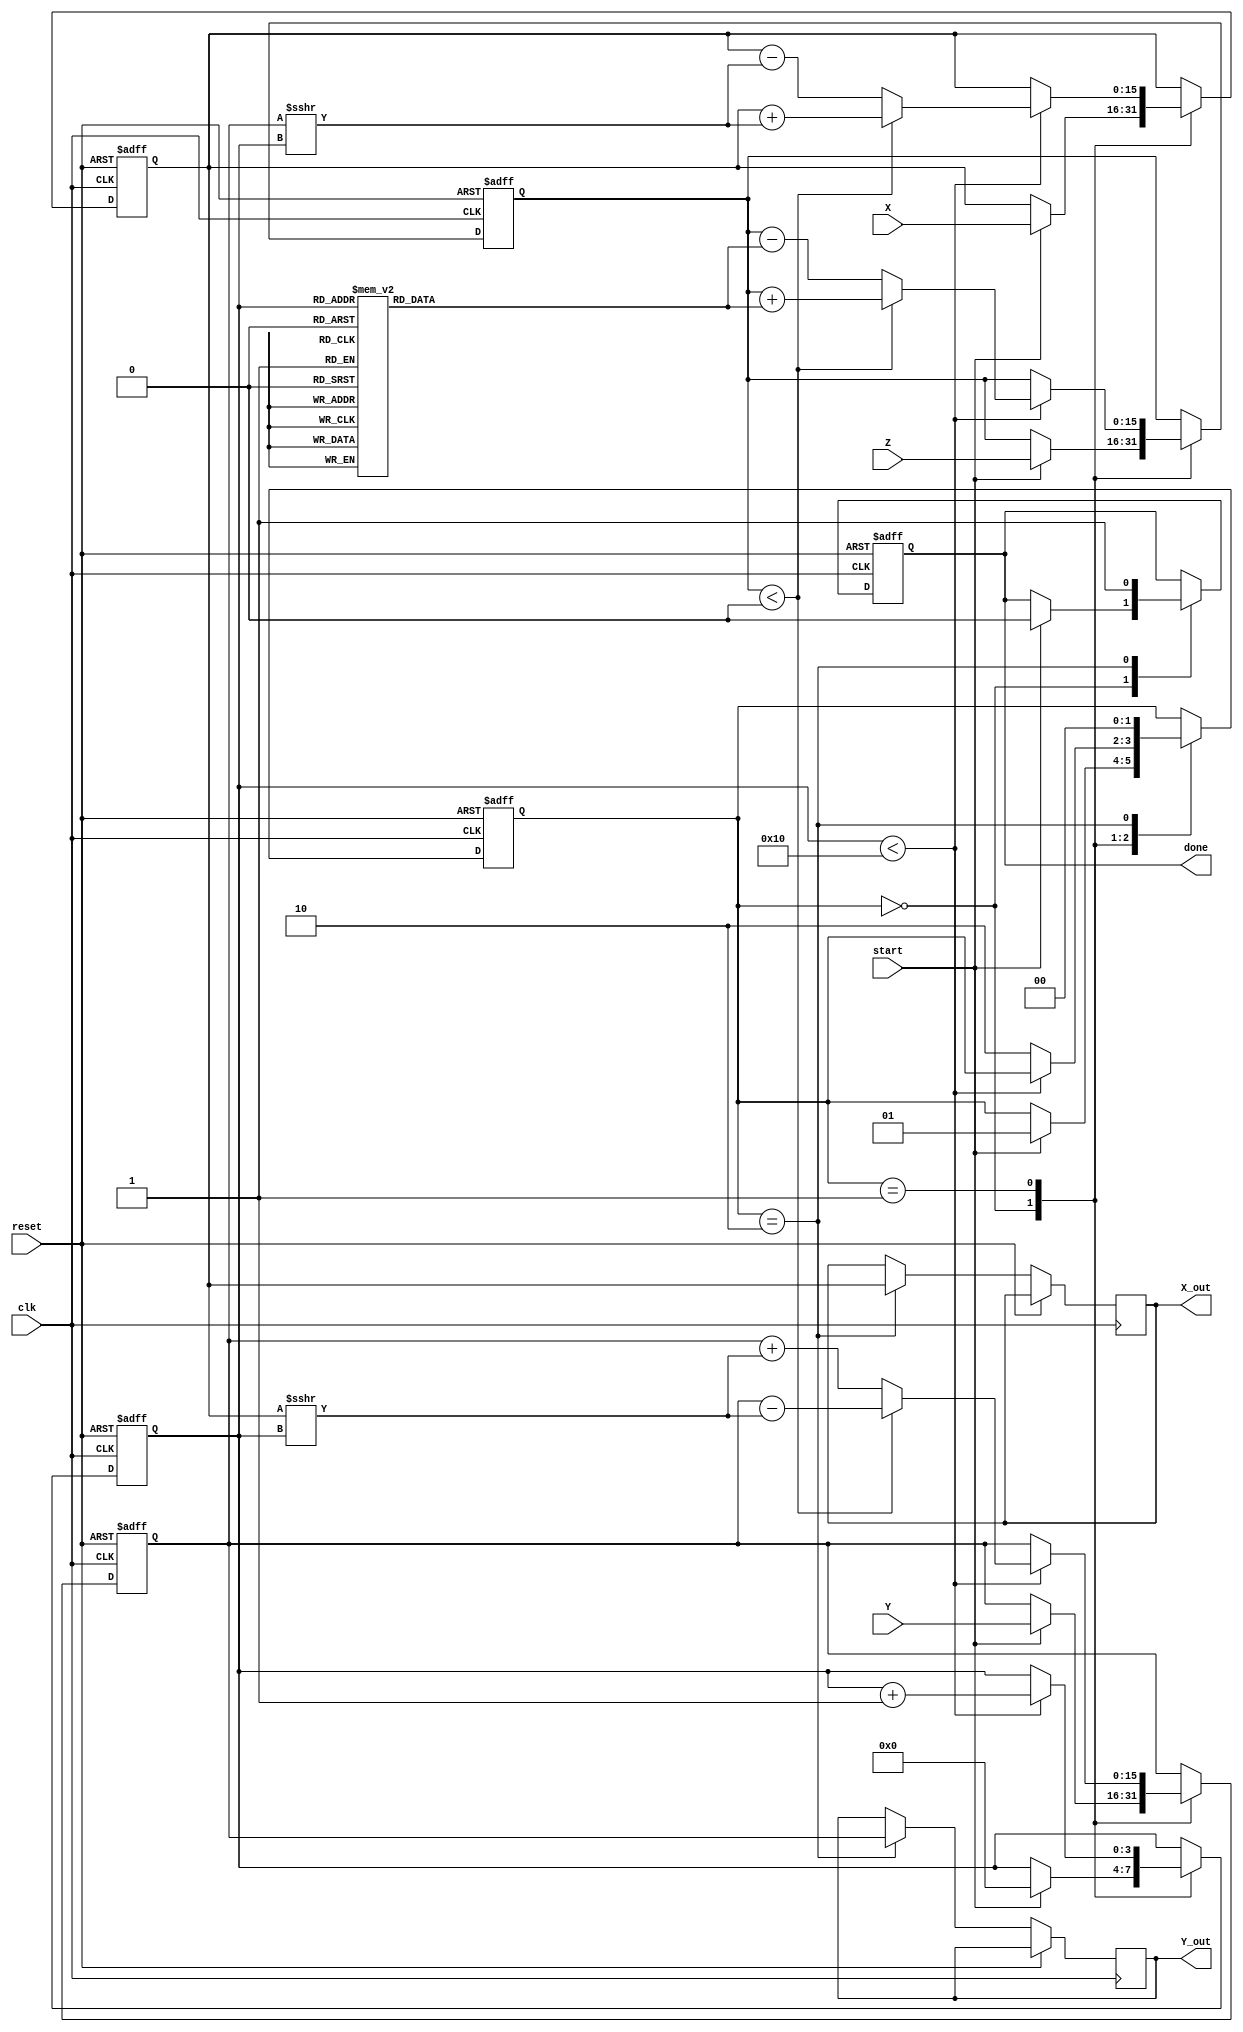
module complex_cordic #(
    parameter N = 16,                  // Number of iterations
    parameter WIDTH = 16               // Bit-width for fixed-point representation
)(
    input wire clk,                    // Clock signal
    input wire reset,                  // Asynchronous reset
    input wire start,                  // Start signal
    input wire signed [WIDTH-1:0] X,   // Input real part
    input wire signed [WIDTH-1:0] Y,   // Input imaginary part
    input wire signed [WIDTH-1:0] Z,   // Input angle
    output reg signed [WIDTH-1:0] X_out, // Output real part
    output reg signed [WIDTH-1:0] Y_out, // Output imaginary part
    output reg done                    // Done signal
);

    // Internal registers
    reg signed [WIDTH-1:0] x_reg, y_reg, z_reg;
    reg [3:0] iteration;               // Iteration counter
    reg [1:0] state;                   // FSM state

    // State encoding
    localparam INIT = 2'b00,
               COMPUTE = 2'b01,
               DONE = 2'b10;

    // Angle table (arctan values in fixed-point)
    reg signed [WIDTH-1:0] angle_table [0:N-1];
    initial begin
        // Precomputed arctan values for CORDIC
        angle_table[0] = 16'h26DD; // atan(2^-0)
        angle_table[1] = 16'h1C71; // atan(2^-1)
        angle_table[2] = 16'h14AE; // atan(2^-2)
        angle_table[3] = 16'h0D8A; // atan(2^-3)
        angle_table[4] = 16'h06E4; // atan(2^-4)
        angle_table[5] = 16'h03A2; // atan(2^-5)
        angle_table[6] = 16'h01FB; // atan(2^-6)
        angle_table[7] = 16'h00FF; // atan(2^-7)
        angle_table[8] = 16'h007F; // atan(2^-8)
        angle_table[9] = 16'h003F; // atan(2^-9)
        angle_table[10] = 16'h001F; // atan(2^-10)
        angle_table[11] = 16'h000F; // atan(2^-11)
        angle_table[12] = 16'h0007; // atan(2^-12)
        angle_table[13] = 16'h0003; // atan(2^-13)
        angle_table[14] = 16'h0001; // atan(2^-14)
        angle_table[15] = 16'h0000; // atan(2^-15)
    end

    // FSM to control the CORDIC computation
    always @(posedge clk or posedge reset) begin
        if (reset) begin
            state <= INIT;
            done <= 0;
            iteration <= 0;
            x_reg <= 0;
            y_reg <= 0;
            z_reg <= 0;
        end else begin
            case (state)
                INIT: begin
                    if (start) begin
                        x_reg <= X;
                        y_reg <= Y;
                        z_reg <= Z;
                        iteration <= 0;
                        state <= COMPUTE;
                        done <= 0;
                    end
                end
                
                COMPUTE: begin
                    if (iteration < N) begin
                        if (z_reg < 0) begin
                            // Rotate clockwise
                            x_reg <= x_reg + (y_reg >>> iteration);
                            y_reg <= y_reg - (x_reg >>> iteration);
                            z_reg <= z_reg + angle_table[iteration];
                        end else begin
                            // Rotate counter-clockwise
                            x_reg <= x_reg - (y_reg >>> iteration);
                            y_reg <= y_reg + (x_reg >>> iteration);
                            z_reg <= z_reg - angle_table[iteration];
                        end
                        iteration <= iteration + 1;
                    end else begin
                        state <= DONE;
                    end
                end
                
                DONE: begin
                    X_out <= x_reg;
                    Y_out <= y_reg;
                    done <= 1;
                    state <= INIT; // Go back to INIT state
                end
            endcase
        end
    end

endmodule